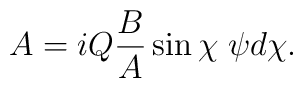
A = i Q \frac{B}{A} \sin \chi \; \psi d\chi.